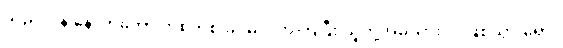
သည်လိုနဲ့ နောက်တော့ တစတစ ခင်မင်လာကြပြီး သူတို့အိမ်သားလို ဖြစ်သွားရော။